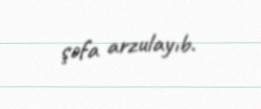
şəfa arzulayıb.